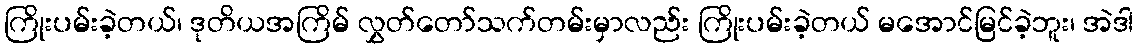
ကြိုးပမ်းခဲ့တယ်၊ ဒုတိယအကြိမ် လွှတ်တော်သက်တမ်းမှာလည်း ကြိုးပမ်းခဲ့တယ် မအောင်မြင်ခဲ့ဘူး၊ အဲဒါ